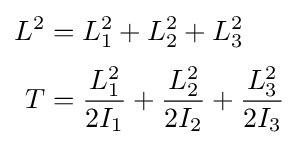
{\begin{aligned}L^{2}&=L_{1}^{2}+L_{2}^{2}+L_{3}^{2}\\[2pt]T&={\frac {L_{1}^{2}}{2I_{1}}}+{\frac {L_{2}^{2}}{2I_{2}}}+{\frac {L_{3}^{2}}{2I_{3}}}\end{aligned}}